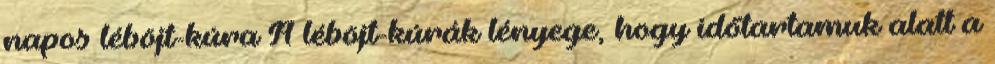
napos léböjt-kúra A léböjt-kúrák lényege, hogy időtartamuk alatt a